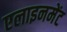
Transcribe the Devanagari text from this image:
एलाइनमेंट